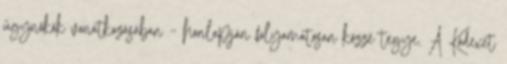
ügynökök vonatkozásában – honlapján folyamatosan közzé tegye. A Kódexet